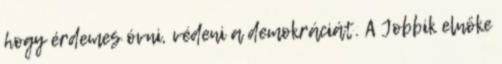
hogy érdemes óvni, védeni a demokráciát. A Jobbik elnöke